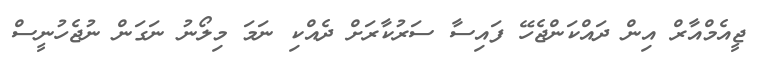
ޖީއެމްއާރް އިން ދައްކަންޖެހޭ ފައިސާ ސަރުކާރަށް ދެއްކި ނަމަ މިލޯނު ނަގަން ނުޖެހުނީސް